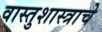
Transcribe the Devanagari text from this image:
वास्तुशास्त्राचे